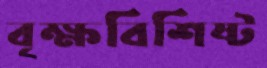
বৃক্ষবিশিষ্ট